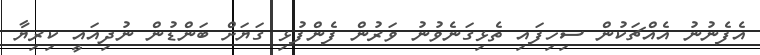
އެފެނުނު އެއްޗަކުން ސިހިފައި ތެޅިގަނެވުނު ވަރުން ފެންފުޅި ގަޔަށް ބަންޑުން ނުދިއައީ ކިރިޔާ